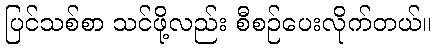
ပြင်သစ်စာ သင်ဖို့လည်း စီစဉ်ပေးလိုက်တယ်။